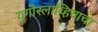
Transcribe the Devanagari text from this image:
युगोस्लाव्हियाचा